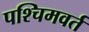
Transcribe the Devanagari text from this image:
पश्चिमवर्त